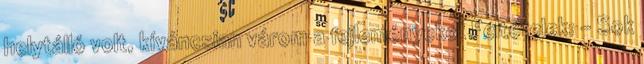
helytálló volt, kíváncsian várom a fejleményeket Feltételek: - Sok